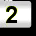
Digit: 2